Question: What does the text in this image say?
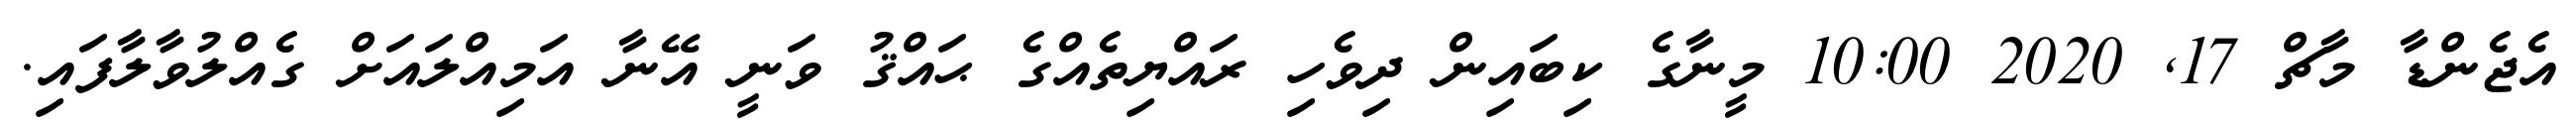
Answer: އެޖެންޑާ މާޗް 17, 2020 10:00 މީނާގެ ކިބައިން ދިވެހި ރައްޔިތެއްގެ ޙައްޤު ވަނީ އޭނާ އަމިއްލައަށް ގެއްލުވާލާފައި.